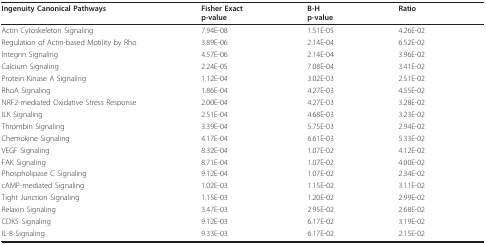
| Ingenuity Canonical Pathways | Fisher Exactp-value | B-Hp-value | Ratio |
 | --- | --- | --- | --- |
 | Actin Cytoskeleton Signaling | 7.94E-08 | 1.51E-05 | 4.26E-02 |
 | Regulation of Actin-based Motility by Rho | 3.89E-06 | 2.14E-04 | 6.52E-02 |
 | Integrin Signaling | 4.57E-06 | 2.14E-04 | 3.96E-02 |
 | Calcium Signaling | 2.24E-05 | 7.08E-04 | 3.41E-02 |
 | Protein Kinase A Signaling | 1.12E-04 | 3.02E-03 | 2.51E-02 |
 | RhoA Signaling | 1.86E-04 | 4.27E-03 | 4.55E-02 |
 | NRF2-mediated Oxidative Stress Response | 2.00E-04 | 4.27E-03 | 3.28E-02 |
 | ILK Signaling | 2.51E-04 | 4.68E-03 | 3.23E-02 |
 | Thrombin Signaling | 3.39E-04 | 5.75E-03 | 2.94E-02 |
 | Chemokine Signaling | 4.17E-04 | 6.61E-03 | 5.33E-02 |
 | VEGF Signaling | 8.32E-04 | 1.07E-02 | 4.12E-02 |
 | FAK Signaling | 8.71E-04 | 1.07E-02 | 4.00E-02 |
 | Phospholipase C Signaling | 9.12E-04 | 1.07E-02 | 2.34E-02 |
 | cAMP-mediated Signaling | 1.02E-03 | 1.15E-02 | 3.11E-02 |
 | Tight Junction Signaling | 1.15E-03 | 1.20E-02 | 2.99E-02 |
 | Relaxin Signaling | 3.47E-03 | 2.95E-02 | 2.68E-02 |
 | CDK5 Signaling | 9.12E-03 | 6.17E-02 | 3.19E-02 |
 | IL-8 Signaling | 9.33E-03 | 6.17E-02 | 2.15E-02 |